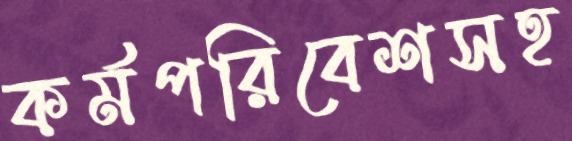
কর্মপরিবেশসহ